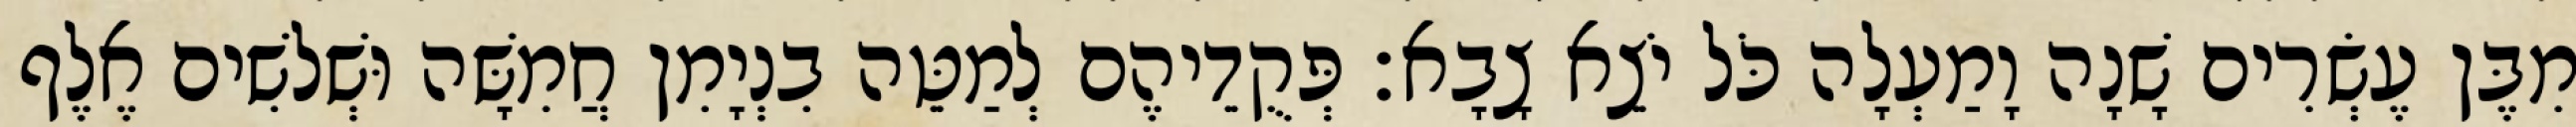
מִבֶּן עֶשְׂרִים שָׁנָה וָמַעְלָה כֹּל יֹצֵא צָבָא׃ פְּקֻדֵיהֶם לְמַטֵּה בִנְיָמִן חֲמִשָּׁה וּשְׁלשִׁים אֶלֶף